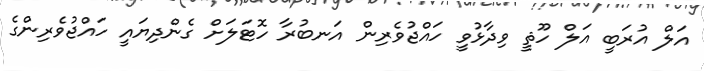
އަލް އުރަބީ އަލް ހޫޘީ ވިދާޅުވީ ހައްޖުވެރިން އަނބުރާ ހޮޓަލަށް ގެންދިޔައީ ހައްޖުވެރިންގެ